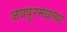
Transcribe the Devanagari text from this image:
जयपूरमधल्या